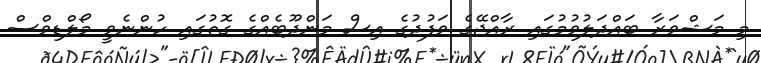
މި މަޝްވަރާ ބައްދަލުވުމުގައި ރާއްޖޭގެ ވަފުދުގެ އިސް މަންދޫބެއްގެ ގޮތުގައި ހުންނެވީ މޯލްޑިވްސް